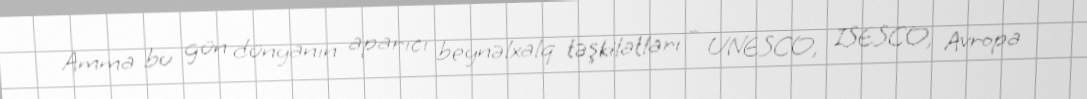
Amma bu gün dünyanın aparıcı beynəlxalq təşkilatları – UNESCO, ISESCO, Avropa